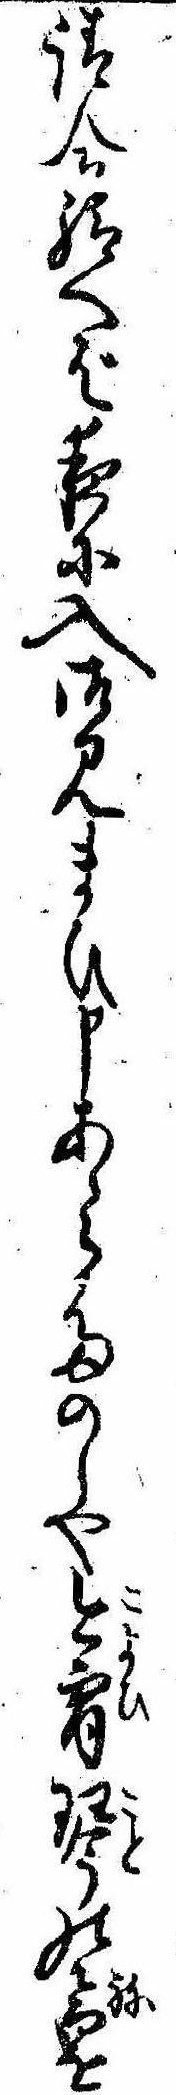
請合給へば夜に入御見まひ申あゝらたのしや今宵琴の音を